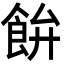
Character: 𩚳